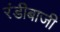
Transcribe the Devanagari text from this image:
रंडीबाजी